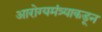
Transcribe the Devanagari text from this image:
आरोग्यमंत्र्याकडून